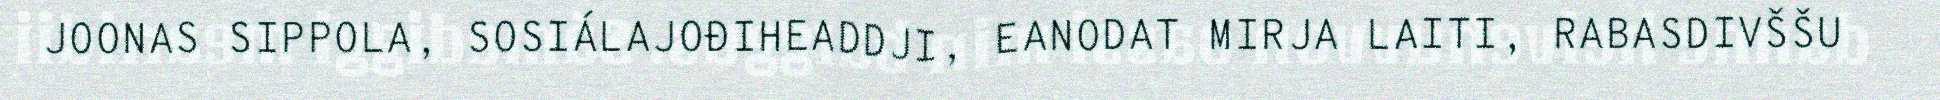
JOONAS SIPPOLA, SOSIÁLAJOĐIHEADDJI, EANODAT MIRJA LAITI, RABASDIVŠŠU